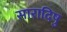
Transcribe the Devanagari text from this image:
सारादिषु